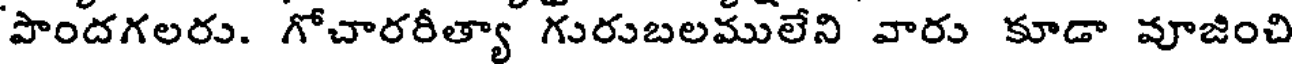
'పాందగలరు. గోచారరీత్యా గురుబలములేని వారు కూడా వూజించి